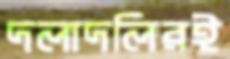
দলাদলিরই